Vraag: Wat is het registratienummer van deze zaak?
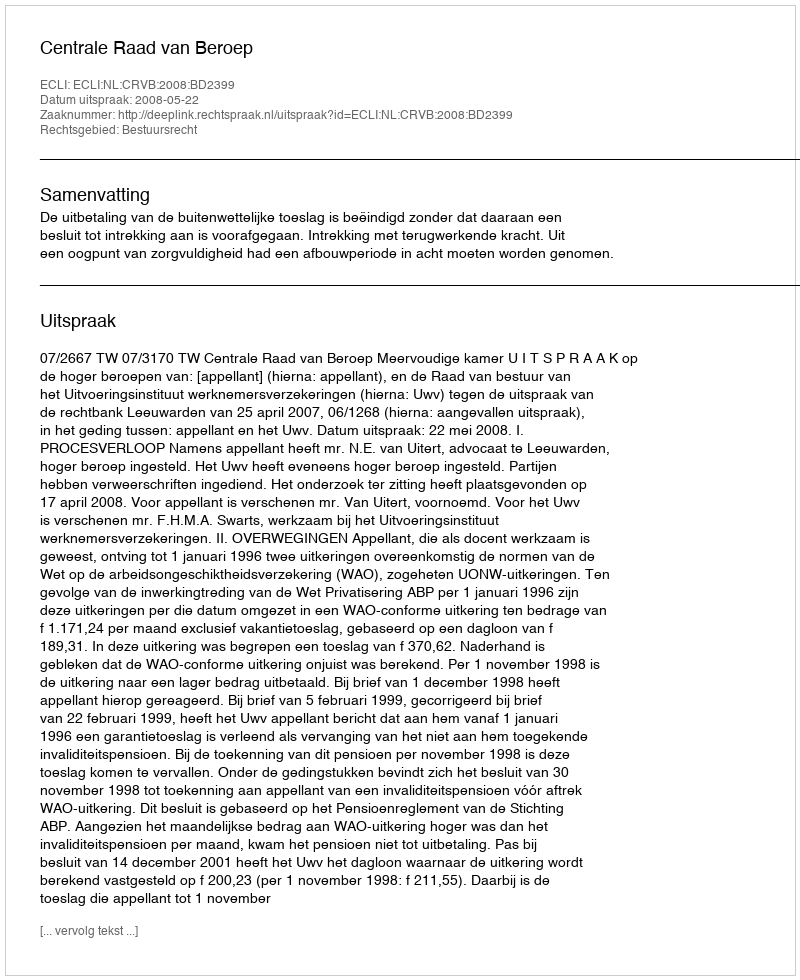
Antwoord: http://deeplink.rechtspraak.nl/uitspraak?id=ECLI:NL:CRVB:2008:BD2399